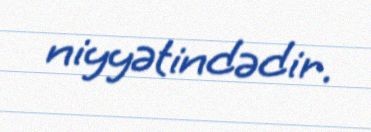
niyyətindədir.